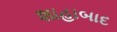
શાહાબાદ